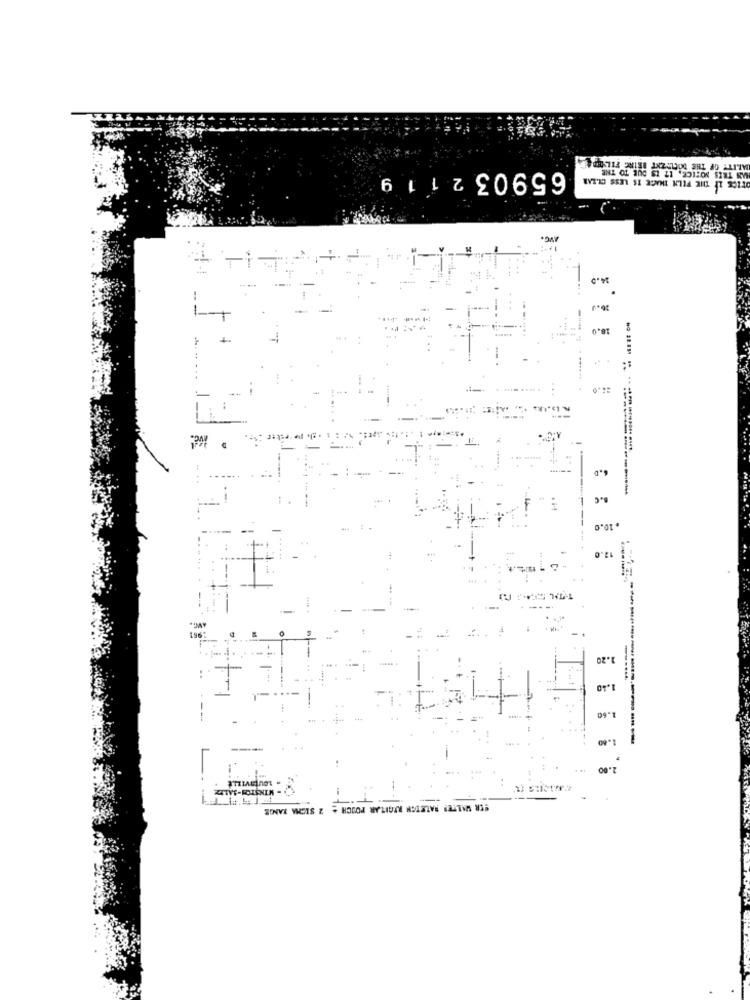
TALITY OF THE MOGLIZNT BRING FILADEL
UNS THIS NOTICE, 17 15
659032 1 1 9
PRICE IF THE FELN IMAGE IS LESS CLEAR
AVC.
34.5
16.J
--
10.0
1
Ivd.
-
1
.10.0
12.0
T-TAL SE
-
1.20
1.40
1.60
1.80
---------------
SER WALTES BALETCH REGITAR POUCH + 2 SIGMA RANGE